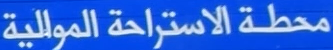
محطة الاستراحة الموالية